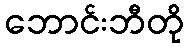
ဘောင်းဘီတို